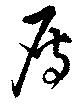
雁